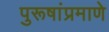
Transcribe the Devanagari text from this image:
पुरूषांप्रमाणे